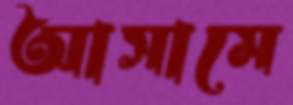
আসামে